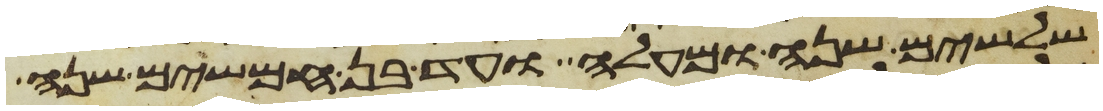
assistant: שלשים שנה ומעלה ועד בן חמשים שנה